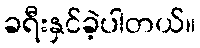
ခရီးနှင်ခဲ့ပါတယ်။